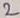
Text: 2